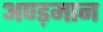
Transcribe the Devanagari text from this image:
अण्ड़मान